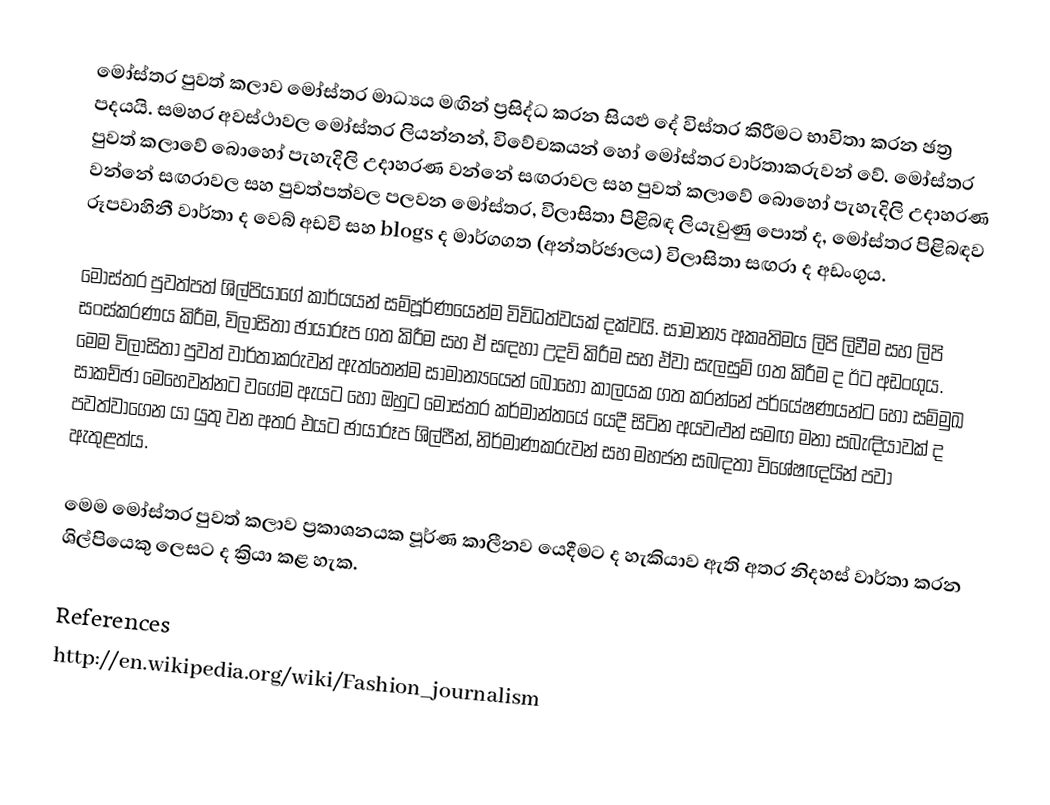
මෝස්තර පුවත් කලාව මෝස්තර මාධ්‍යය මඟින් ප්‍රසිද්ධ කරන සියළු දේ විස්තර කිරීමට භාවිතා කරන ඡත්‍ර පදයයි. සමහර අවස්ථාවල මෝස්තර ලියන්නන්, විවේචකයන් හෝ මෝස්තර වාර්තාකරුවන් වේ. මෝස්තර පුවත් කලාවේ බොහෝ පැහැදිලි උදාහරණ වන්නේ සඟරාවල සහ පුවත් කලාවේ බොහෝ පැහැදිලි උදාහරණ වන්නේ සඟරාවල සහ පුවත්පත්වල පලවන මෝස්තර, විලාසිතා පිළිබඳ ලියැවුණු පොත් ද, මෝස්තර පිළිබඳව රූපවාහිනී වාර්තා ද වෙබ් අඩවි සහ blogs ද මාර්ගගත (අන්තර්ජාලය) විලාසිතා සඟරා ද අඩංගුය.

මෝස්තර පුවත්පත් ශිල්පියාගේ කාර්යයන් සම්පූර්ණයෙන්ම විවිධත්වයක් දක්වයි. සාමාන්‍ය අකෘතිමය ලිපි ලිවීම සහ ලිපි සංස්කරණය කිරීම, විලාසිතා ඡායාරූප ගත කිරීම සහ ඒ සඳහා උදව් කිරීම සහ ඒවා සැලසුම් ගත කිරීම ද ඊට අඩංගුය. මෙම විලාසිතා පුවත් වාර්තාකරුවන් ඇත්තෙන්ම සාමාන්‍යයෙන් බොහෝ කාලයක ගත කරන්නේ පර්යේෂණයන්ට හෝ සම්මුඛ සාකච්ඡා මෙහෙවන්නට වගේම ඇයට හෝ ඔහුට මෝස්තර කර්මාන්තයේ යෙදී සිටින අයවළුන් සමඟ මනා සබැඳියාවක් ද පවත්වාගෙන යා යුතු වන අතර එයට ඡායාරූප ශිල්පීන්, නිර්මාණකරුවන් සහ මහජන සබඳතා විශේෂඥයින් පවා ඇතුළත්ය.

මෙම මෝස්තර පුවත් කලාව ප්‍රකාශනයක පූර්ණ කාලීනව යෙදීමට ද හැකියාව ඇති අතර නිදහස් වාර්තා කරන ශිල්පියෙකු ලෙසට ද ක්‍රියා කළ හැක.

References
http://en.wikipedia.org/wiki/Fashion_journalism